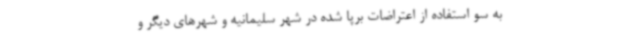
به سو استفاده از اعتراضات برپا شده در شهر سلیمانیه و شهرهای دیگر و